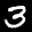
Label: 3